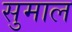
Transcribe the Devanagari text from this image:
सुमाल